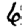
Digit: 6